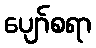
ပျော်စရာ